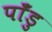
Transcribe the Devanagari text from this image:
पाँडु